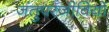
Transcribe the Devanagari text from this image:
जंतुपरजीवियों